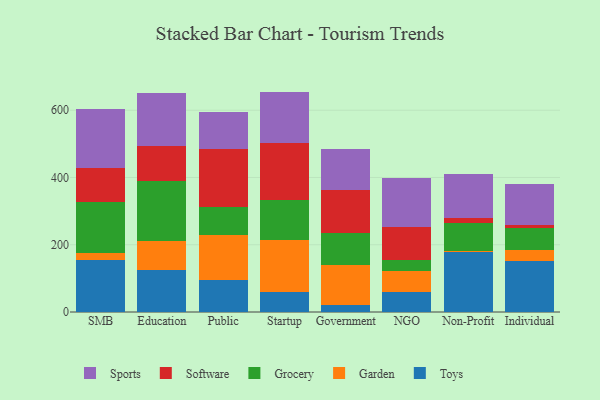
{"axis": {"x": "Segment", "y": "LTV (USD)"}, "legend": ["Garden", "Grocery", "Software", "Sports", "Toys"], "data": [{"x": "SMB", "y": 155.0, "type": "Toys"}, {"x": "SMB", "y": 20.1, "type": "Garden"}, {"x": "SMB", "y": 151.2, "type": "Grocery"}, {"x": "SMB", "y": 101.6, "type": "Software"}, {"x": "SMB", "y": 175.6, "type": "Sports"}, {"x": "Education", "y": 124.9, "type": "Toys"}, {"x": "Education", "y": 87.1, "type": "Garden"}, {"x": "Education", "y": 177.0, "type": "Grocery"}, {"x": "Education", "y": 103.3, "type": "Software"}, {"x": "Education", "y": 157.8, "type": "Sports"}, {"x": "Public", "y": 94.2, "type": "Toys"}, {"x": "Public", "y": 135.7, "type": "Garden"}, {"x": "Public", "y": 81.7, "type": "Grocery"}, {"x": "Public", "y": 173.1, "type": "Software"}, {"x": "Public", "y": 109.4, "type": "Sports"}, {"x": "Startup", "y": 60.8, "type": "Toys"}, {"x": "Startup", "y": 152.2, "type": "Garden"}, {"x": "Startup", "y": 120.3, "type": "Grocery"}, {"x": "Startup", "y": 168.1, "type": "Software"}, {"x": "Startup", "y": 154.0, "type": "Sports"}, {"x": "Government", "y": 20.8, "type": "Toys"}, {"x": "Government", "y": 118.5, "type": "Garden"}, {"x": "Government", "y": 95.3, "type": "Grocery"}, {"x": "Government", "y": 127.0, "type": "Software"}, {"x": "Government", "y": 122.8, "type": "Sports"}, {"x": "NGO", "y": 59.0, "type": "Toys"}, {"x": "NGO", "y": 64.0, "type": "Garden"}, {"x": "NGO", "y": 31.5, "type": "Grocery"}, {"x": "NGO", "y": 98.2, "type": "Software"}, {"x": "NGO", "y": 144.5, "type": "Sports"}, {"x": "Non-Profit", "y": 177.0, "type": "Toys"}, {"x": "Non-Profit", "y": 5.1, "type": "Garden"}, {"x": "Non-Profit", "y": 82.8, "type": "Grocery"}, {"x": "Non-Profit", "y": 14.7, "type": "Software"}, {"x": "Non-Profit", "y": 131.7, "type": "Sports"}, {"x": "Individual", "y": 150.7, "type": "Toys"}, {"x": "Individual", "y": 33.2, "type": "Garden"}, {"x": "Individual", "y": 66.2, "type": "Grocery"}, {"x": "Individual", "y": 8.3, "type": "Software"}, {"x": "Individual", "y": 120.9, "type": "Sports"}]}